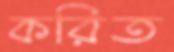
করিত